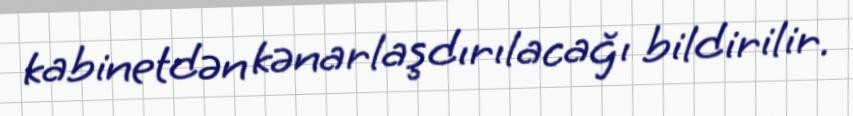
kabinetdən kənarlaşdırılacağı bildirilir.